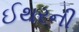
ઈથરની